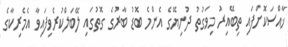
ޚާއްސަކޮށްފައި ތިބޭއިރު މިވަގުތު ދުނިޔޭގެ އެންމެ ބޮޑު ބާރުގެ ގޮތުގައި ލޭބަލްކުރެވިފައިވާ އެމެރިކާގެ